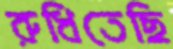
রুধিতেছি